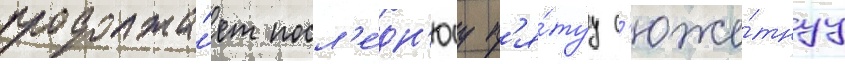
продолжа́ет посл'е́дн'юу п'я́туу с'юже́тнуу